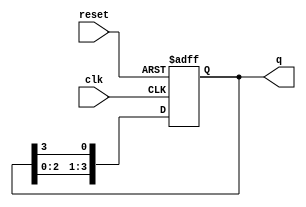
module ring_counter (
    input wire clk,        // Clock input
    input wire reset,      // Asynchronous reset
    output reg [3:0] q     // 4-bit output
);

// Initial state
initial begin
    q = 4'b0001; // Initialize the counter to 0001
end

// Synchronous process
always @(posedge clk or posedge reset) begin
    if (reset) begin
        q <= 4'b0001; // Reset to initial state
    end else begin
        // Shift the '1' bit to the right
        q <= {q[2:0], q[3]}; // Shift right and wrap around
    end
end

endmodule